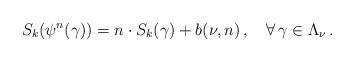
LaTeX: \begin{align*}S_k(\psi^n(\gamma))=n\cdot S_k(\gamma)+b(\nu,n)\,,\quad\forall\, \gamma\in\Lambda_\nu\,.\end{align*}